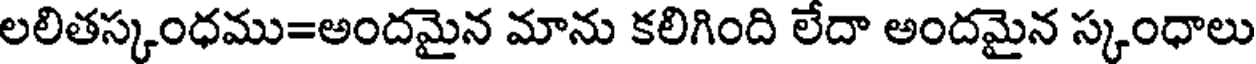
లలితస్కంధము=అందమైన మాను కలిగింది లేదా అందమైన స్కంధాలు